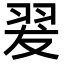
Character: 翇